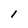
Character: 1